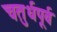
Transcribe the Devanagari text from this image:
चतुर्धपूर्व